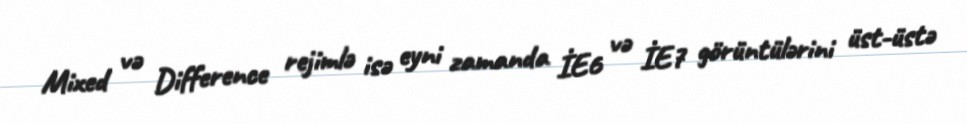
Mixed və Difference rejimlə isə eyni zamanda İE6 və İE7 görüntülərini üst-üstə